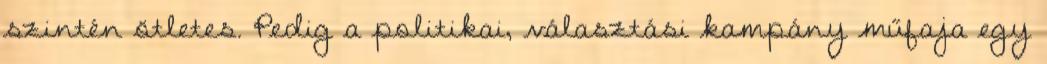
szintén ötletes. Pedig a politikai, választási kampány műfaja egy